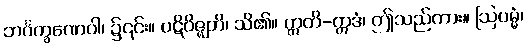
ဘင်္ဂက္ခဏေဝါ၊ ၌၎င်း။ ပဋိဝိဇ္ဈတိ၊ သိ၏။ ဣတိ-ဣဒံ၊ ဤသည်ကား။ ဩပမ္မံ၊